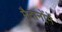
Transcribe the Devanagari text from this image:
मैदानोंमें